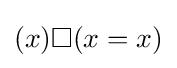
(x)\Box (x=x)